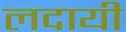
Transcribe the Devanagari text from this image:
लदायी